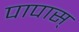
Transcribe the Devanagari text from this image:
पापास्